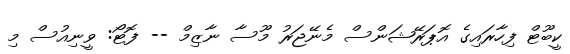
ކީބޫޓް ފިހާރައިގެ އޮޕަރޭޝަންސް މެނޭޖަރު މޫސާ ނާޒިމް -- ފޮޓޯ: ވީނިއުސް މި